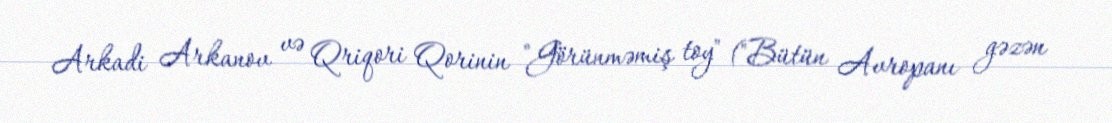
Arkadi Arkanov və Qriqori Qorinin "Görünməmiş toy" ("Bütün Avropanı gəzən